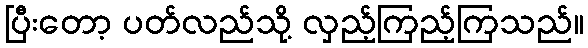
ပြီးတော့ ပတ်လည်သို့ လှည့်ကြည့်ကြသည်။